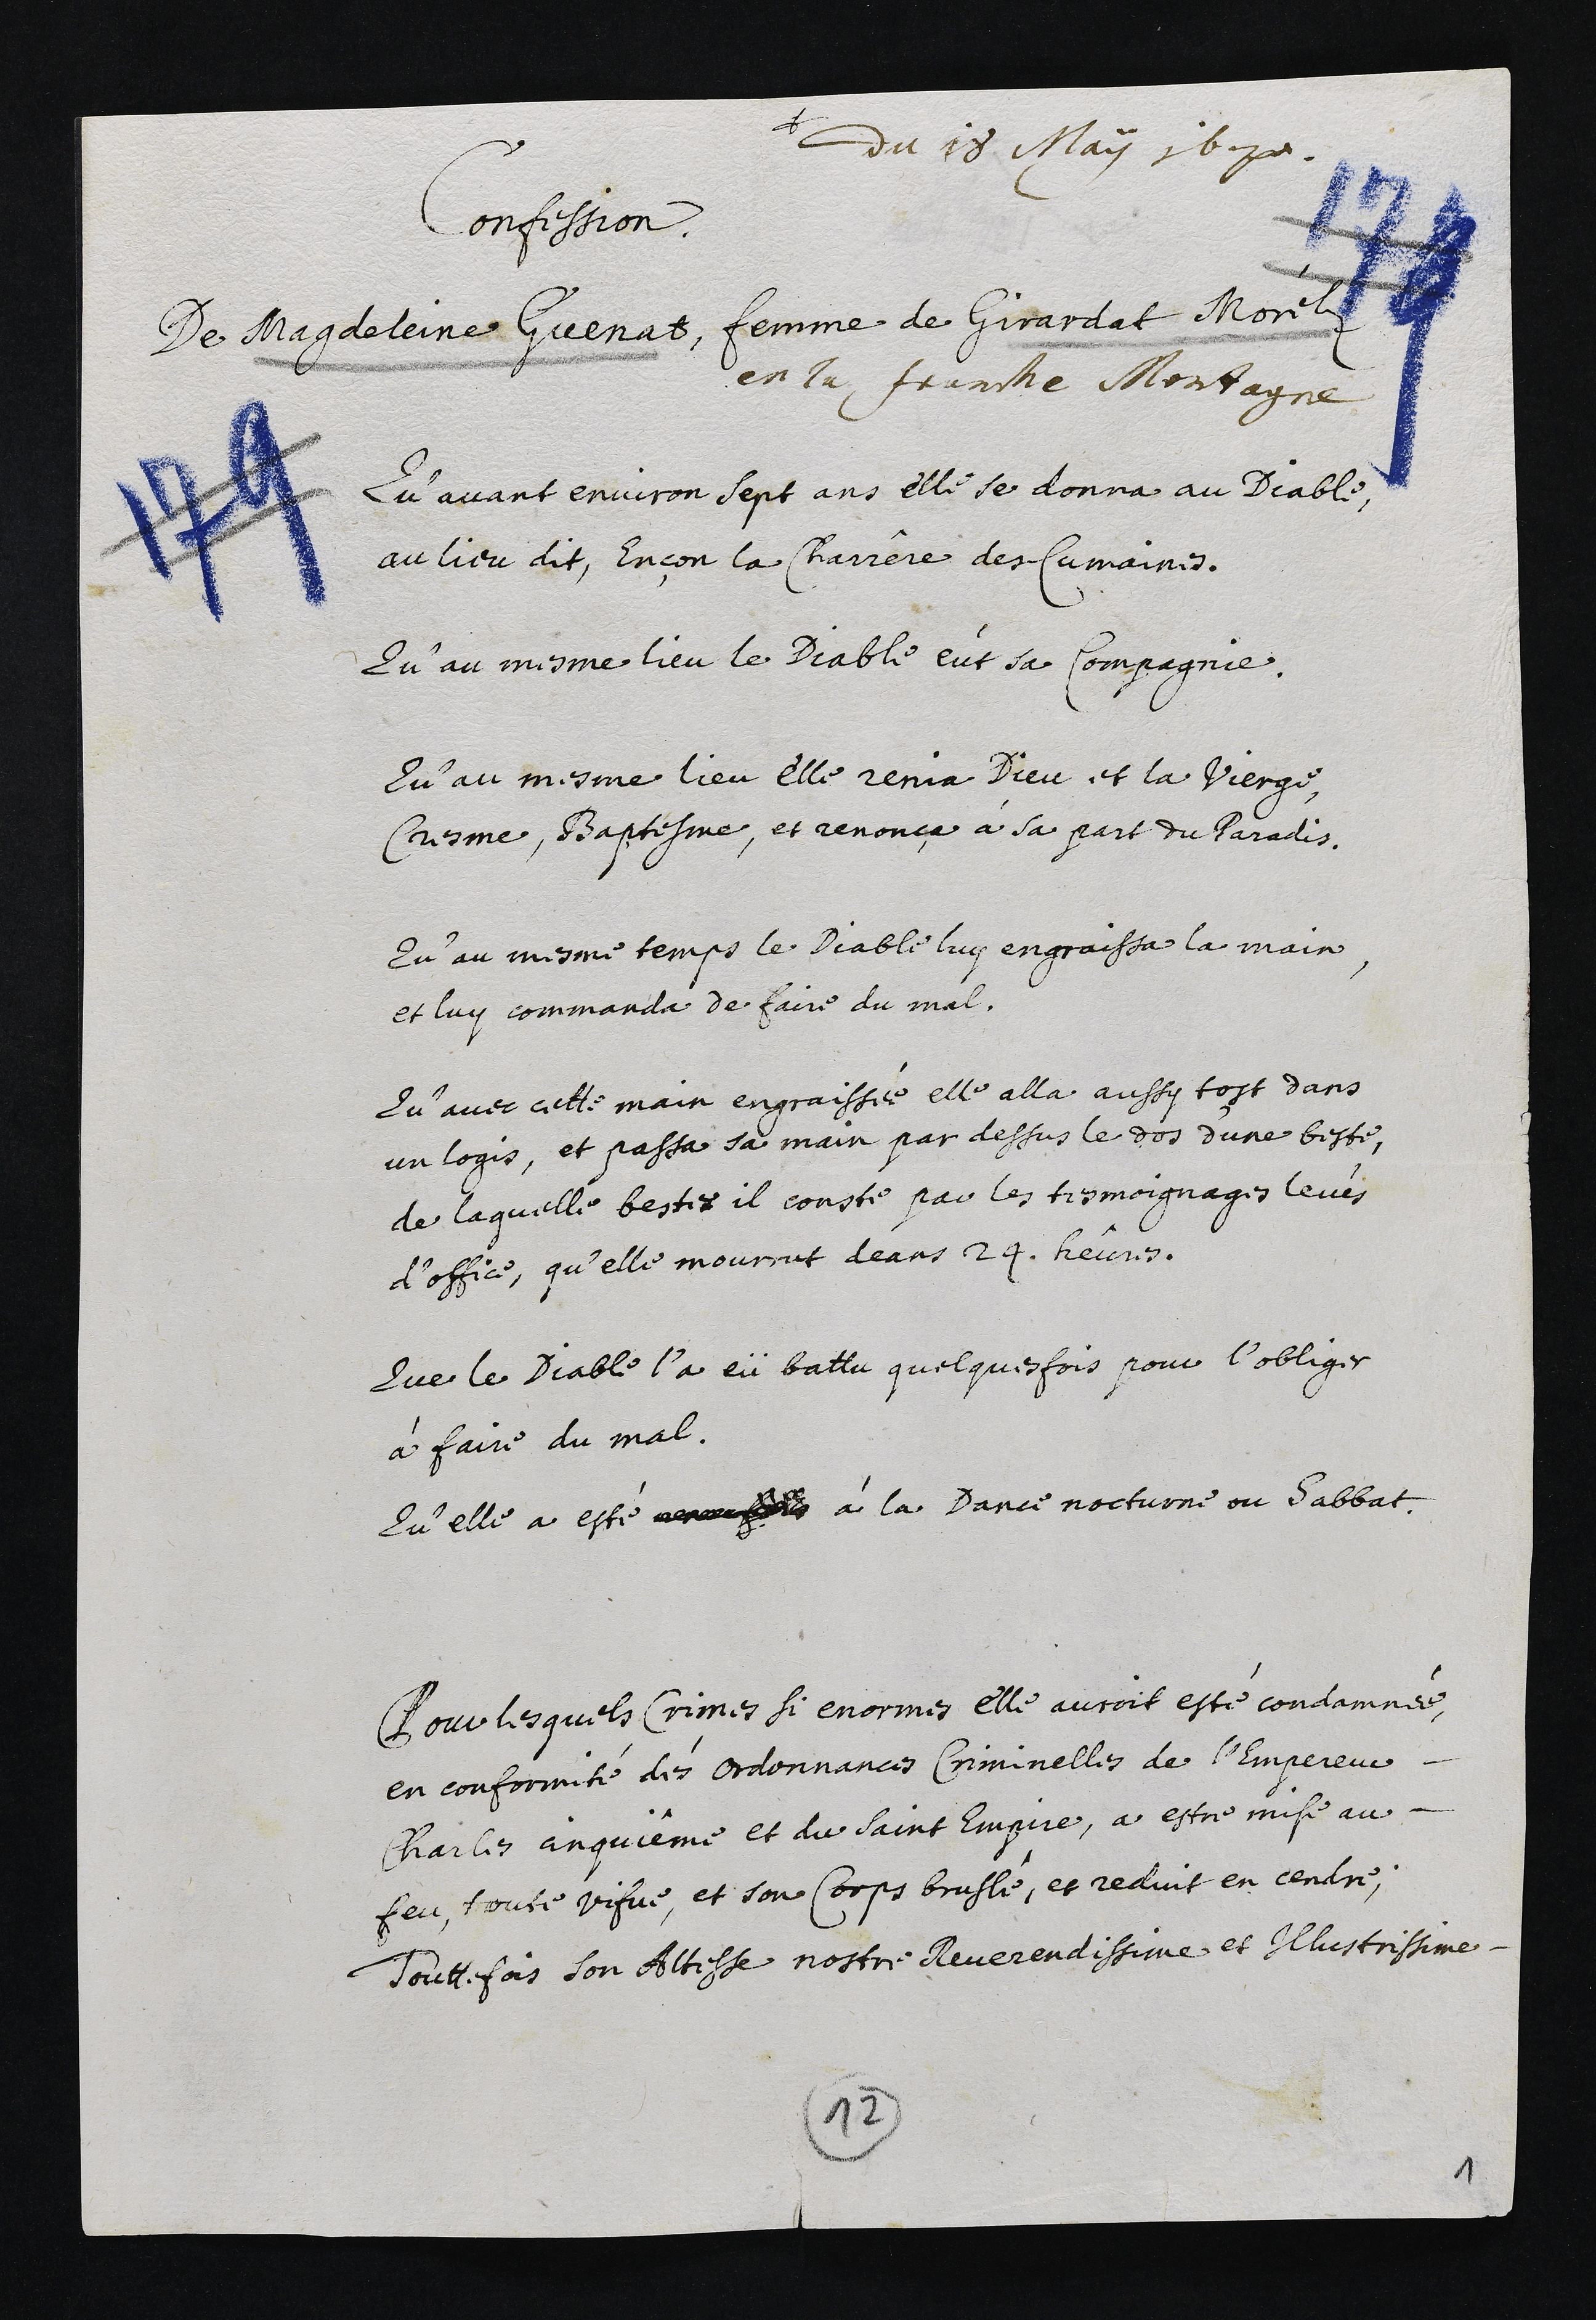
+
du 18 May 1670.
Confession
de Magdeleine Guenat, femme de Girardat Morélz
en la Franche Montagne
Qu’avant environ sept ans elle se donna au Diable,
au lieu dit, Ençon la Charrêre des Cumaines.
Qu’au mesme lieu le Diable eut sa compagnie.
Qu’au mesme lieu elle renia Dieu et la vierge,
cresme, baptesme, et renonça à sa part du Paradis.
Qu’au mesme temps le Diable luy engraissa la main,
et luy commanda de faire du mal.
Qu’avec cette main engraissée elle alla aussy tost dans
un logis, et passa sa main par dessus le dos d’une beste,
de laquelle beste il conste par les tesmoignages levés
d’office, qu’elle mourrut dans 24 heûres.
Que le Diable l’a eü battu quelques fois pour l’obliger
à faire du mal.
Qu’elle a esté ????????? à la Dance nocturne ou Sabbat.
Pour lesquels crimes si enormes elle auroit esté condamnée,
en conformité dés ordonnances criminelles de l’Empereur
Charles cinquiême et du Saint Empire, a estre mise au
feu, toute vifve, et son corps bruslé, et reduit en cendre.
Touttefois son Altesse nostre Reverendissime et Illustrissime